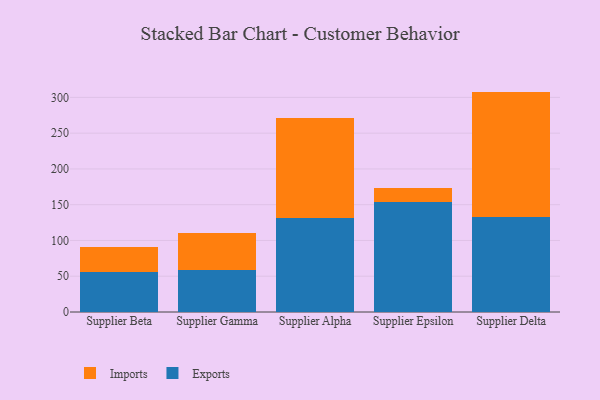
{"axis": {"x": "Supplier", "y": "Customer Acquisition Cost (USD)"}, "legend": ["Exports", "Imports"], "data": [{"x": "Supplier Beta", "y": 55.3, "type": "Exports"}, {"x": "Supplier Beta", "y": 35.3, "type": "Imports"}, {"x": "Supplier Gamma", "y": 58.1, "type": "Exports"}, {"x": "Supplier Gamma", "y": 52.6, "type": "Imports"}, {"x": "Supplier Alpha", "y": 131.8, "type": "Exports"}, {"x": "Supplier Alpha", "y": 139.4, "type": "Imports"}, {"x": "Supplier Epsilon", "y": 153.8, "type": "Exports"}, {"x": "Supplier Epsilon", "y": 19.0, "type": "Imports"}, {"x": "Supplier Delta", "y": 132.7, "type": "Exports"}, {"x": "Supplier Delta", "y": 175.4, "type": "Imports"}]}